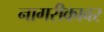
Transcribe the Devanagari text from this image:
नागरीकावर